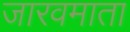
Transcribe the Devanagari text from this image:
जारवमाता